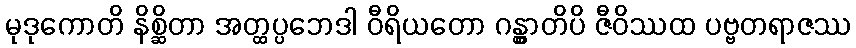
မုဒုကောတိ နိစ္ဆိတာ အတ္ထပ္ပဘေဒါ ဝီရိယတော ဂန္တွာတိပိ ဇီဝိဿထ ပဗ္ဗတရာဇဿ